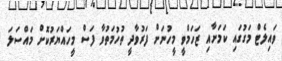
ވައިލެޓް މަގުގައި ކަމަށާއި ޒަހަމްވީ މީހުނަށް ފަރުވާދީ ތުހުމަތުވާ ފަސް މީހައްޔަރުކޮށް މައްސަލަ